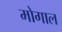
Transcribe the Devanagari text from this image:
मोगाल